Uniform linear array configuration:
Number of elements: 12
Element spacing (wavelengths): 1
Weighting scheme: exponential
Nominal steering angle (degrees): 60
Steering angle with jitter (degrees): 59.317
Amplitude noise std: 0.05
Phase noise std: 0.05

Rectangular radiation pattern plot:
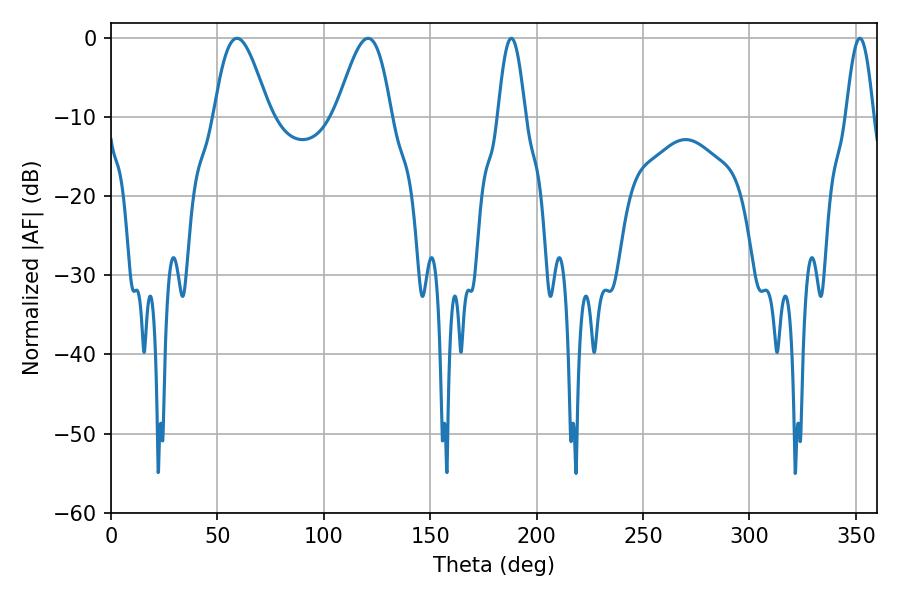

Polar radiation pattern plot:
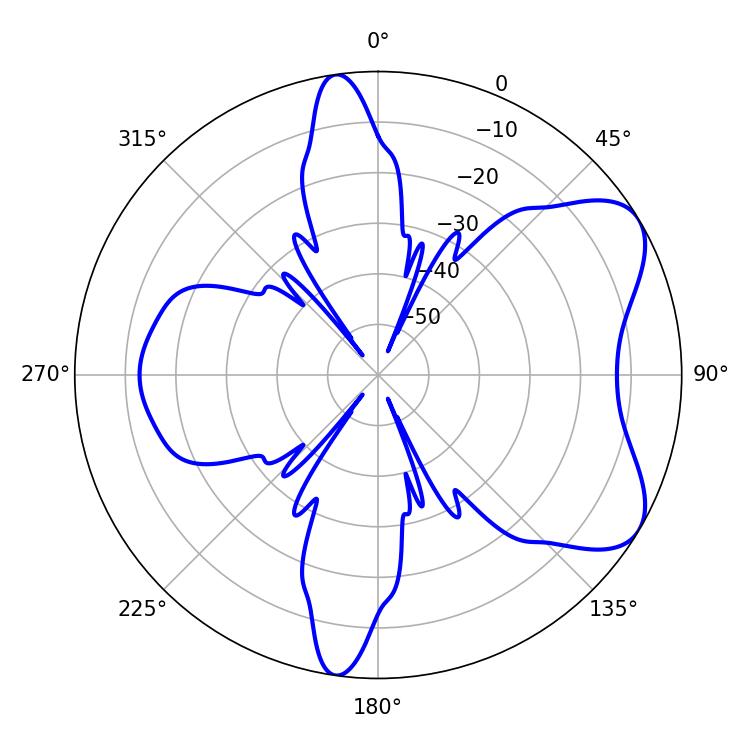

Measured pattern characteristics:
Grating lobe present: TRUE
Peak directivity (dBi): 6.702
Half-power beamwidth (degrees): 6.84
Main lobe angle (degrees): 188.1